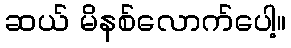
ဆယ် မိနစ်လောက်ပေါ့။